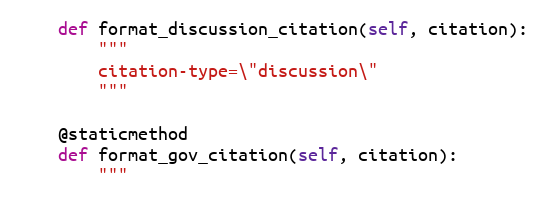
Language: Python
    def format_discussion_citation(self, citation):
        """
        citation-type=\"discussion\"
        """

    @staticmethod
    def format_gov_citation(self, citation):
        """